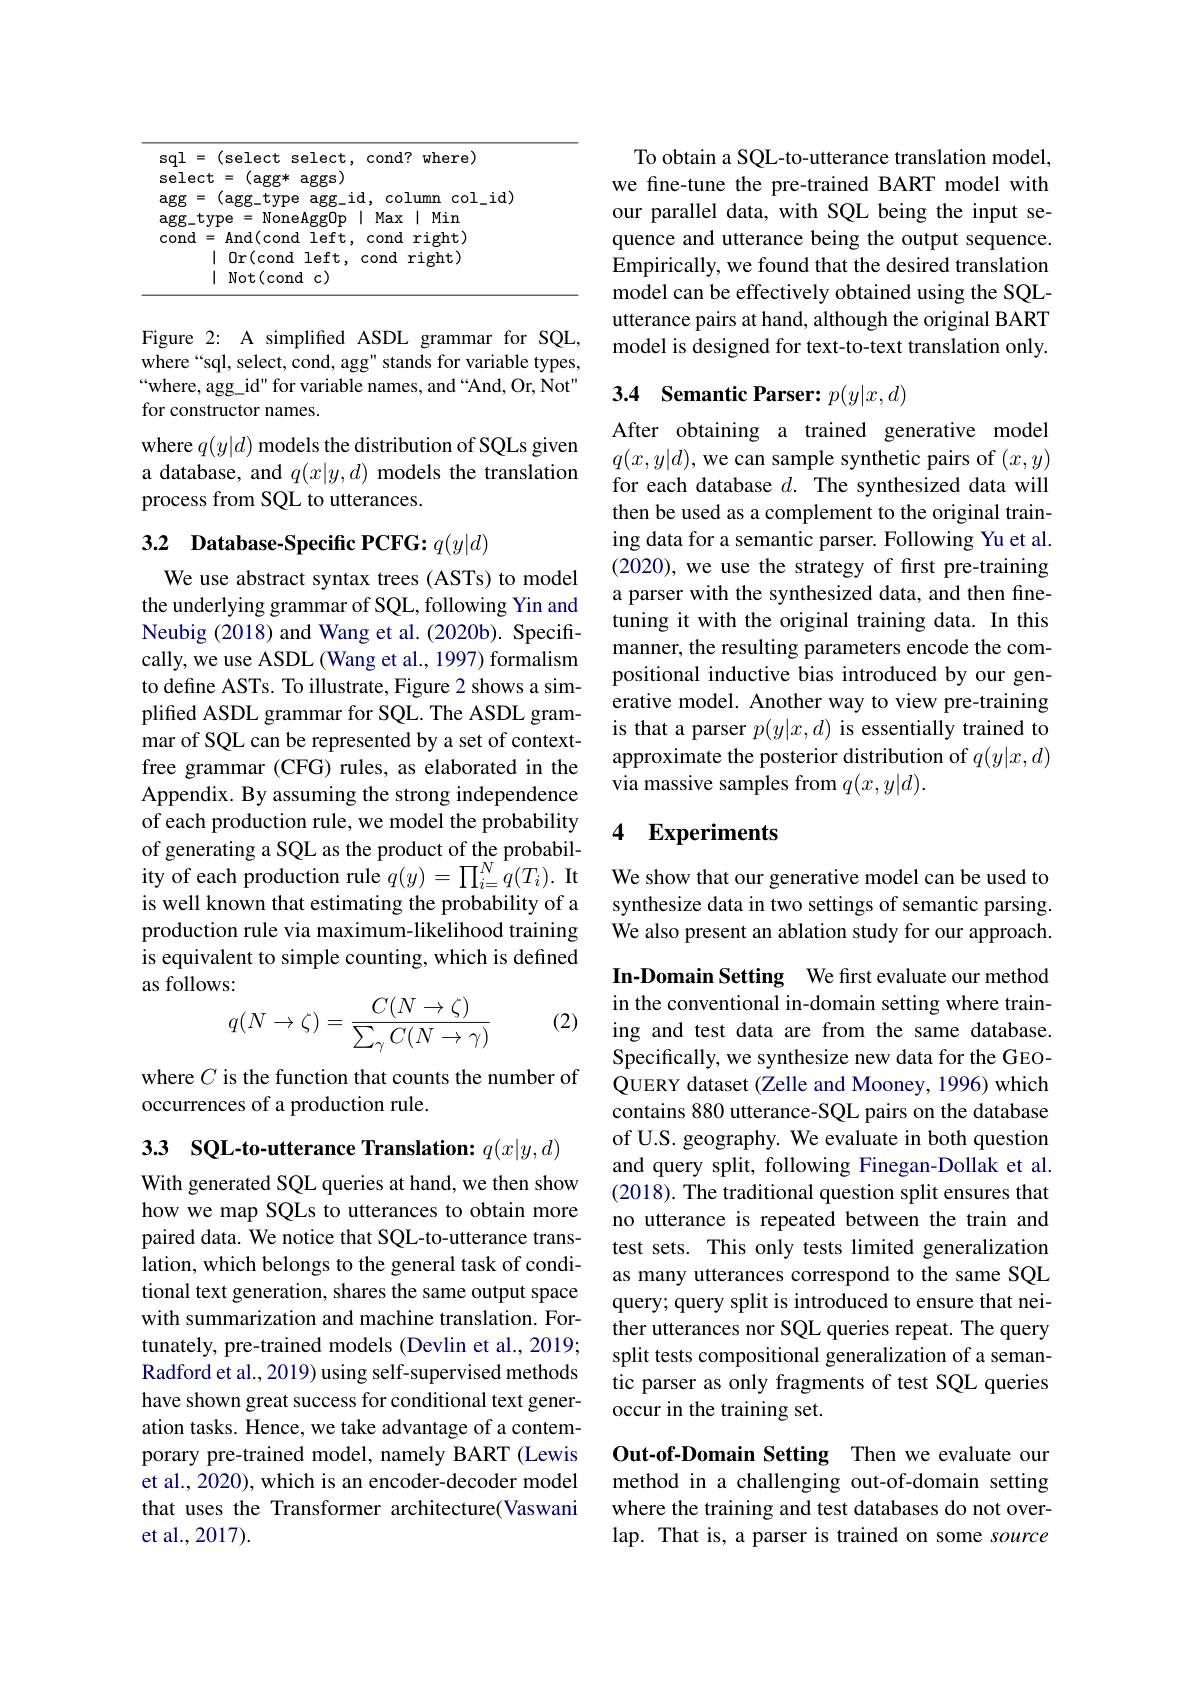
<table>
	<tbody>
		<tr>
			<td>S S</td>
			<td>(select select, cond? where) 十 = (agg* aggs)</td>
		</tr>
		<tr>
			<td>a</td>
			<td>(agg$\_$type $\arg\_$id, column 1col\_id)</td>
		</tr>
		<tr>
			<td>a</td>
			<td>None Max Min rorin 1</td>
		</tr>
		<tr>
			<td>$C$</td>
			<td>And(cond 1eft cond ri pht)</td>
		</tr>
		<tr>
			<td> </td>
			<td>$0\mathbf{r}($cond 1 AT cond ri pht)</td>
		</tr>
		<tr>
			<td> </td>
			<td>Not( cond $c)$</td>
		</tr>
	</tbody>
</table>

Figure 2: A simplifed ASDL grammar for SQL, where“sql, select, cond, agg" stands for variable types, $“$where, agg\_id" for variable names, and“And, Or, Not" for constructor names.

where $q(y|d)$ models the distribution of SQLs given a database, and $q(x|y,d)$ models the translation process from SQL to utterances.

# 3.2 Database-Specific PCFG: $q(y|d)$

We use abstract syntax trees (ASTs) to model the underlying grammar of SQL, following Yin and Neubig (2018) and Wang et al. (2020b). Specifically, we use ASDL (Wang et al., 1997) formalism to define ASTs. To illustrate, Figure 2 shows a simplified ASDL grammar for SQL. The ASDL grammar of SQL can be represented by a set of contextfree grammar (CFG) rules, as elaborated in the Appendix. By assuming the strong independence of each production rule, we model the probability of generating a SQL as the product of the probability of each production rule $q( y) = \prod _{i= }^Nq( T_i) . \textbf{It}$ is well known that estimating the probability of a production rule via maximum-likelihood training is equivalent to simple counting, which is defined as follows:
$$\begin{matrix}s.\\q(N\to\zeta)=\frac{C(N\to\zeta)}{\sum_{\gamma}C(N\to\gamma)}\end{matrix}$$
(2)

where $C$ is the function that counts the number of
occurrences of a production rule.

3.3 SQL-to-utterance Translation: $q(x|y,d)$

With generated SQL queries at hand, we then show how we map SQLs to utterances to obtain more paired data. We notice that SQL-to-utterance translation, which belongs to the general task of conditional text generation, shares the same output space with summarization and machine translation. Fortunately, pre-trained models (Devlin et al., 2019; Radford et al., 2019) using self-supervised methods have shown great success for conditional text generation tasks. Hence, we take advantage of a contemporary pre-trained model, namely BART (Lewis et al., 2020), which is an encoder-decoder model that uses the Transformer architecture(Vaswani et al.,2017).

To obtain a SQL-to-utterance translation model, we fine-tune the pre-trained BART model with our parallel data, with SQL being the input sequence and utterance being the output sequence. Empirically, we found that the desired translation model can be effectively obtained using the SQLutterance pairs at hand, although the original BART model is designed for text-to-text translation only.

# 3.4 Semantic Parser: $p(y|x,d)$

After obtaining a trained generative model $q(x,y|d)$,we can sample synthetic pairs of $(x,y)$ for each database $d.$ The synthesized data will then be used as a complement to the original training data for a semantic parser. Following Yu et al. (2020), we use the strategy of first pre-training a parser with the synthesized data, and then finetuning it with the original training data. In this manner, the resulting parameters encode the compositional inductive bias introduced by our generative model. Another way to view pre-training is that a parser $p(y|x,d)$ is essentially trained to approximate the posterior distribution of $q(y|x,d)$ via massive samples from $q(x,y|d).$

## 4 Experiments

We show that our generative model can be used to synthesize data in two settings of semantic parsing. We also present an ablation study for our approach.

In-Domain Setting We first evaluate our method in the conventional in-domain setting where training and test data are from the same database. Specifically, we synthesize new data for the GEOQUERY dataset (Zelle and Mooney, 1996) which contains 880 utterance-SQL pairs on the database of U.S. geography. We evaluate in both question and query split, following Finegan-Dollak et al. (2018). The traditional question split ensures that no utterance is repeated between the train and test sets. This only tests limited generalization as many utterances correspond to the same SQL query; query split is introduced to ensure that neither utterances nor SQL queries repeat. The query split tests compositional generalization of a semantic parser as only fragments of test SQL queries occur in the training set.

Out-of-Domain Setting Then we evaluate our method in a challenging out-of-domain setting where the training and test databases do not overlap. That is, a parser is trained on some source